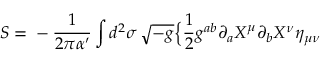
S = { } - { \frac { 1 } { 2 \pi \alpha ^ { \prime } } } \int d ^ { 2 } \sigma \, \sqrt { - g } \Bigl \{ { \frac { 1 } { 2 } } g ^ { a b } \partial _ { a } X ^ { \mu } \partial _ { b } X ^ { \nu } \eta _ { \mu \nu }